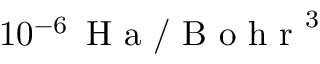
1 0 ^ { - 6 } \, \mathrm { ~ H ~ a ~ } / \mathrm { ~ B ~ o ~ h ~ r ~ } ^ { 3 }